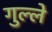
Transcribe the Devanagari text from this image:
गुल्ले